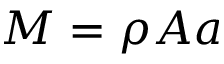
M = \rho A a